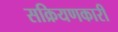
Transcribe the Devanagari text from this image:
सक्रियणकारी